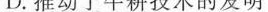
D. 推动了牛耕技术的发明